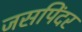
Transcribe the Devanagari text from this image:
जसपिंदर